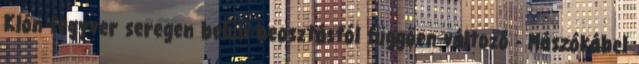
Klón fegyver seregen belüli beosztástól függően változó - Mászókábel